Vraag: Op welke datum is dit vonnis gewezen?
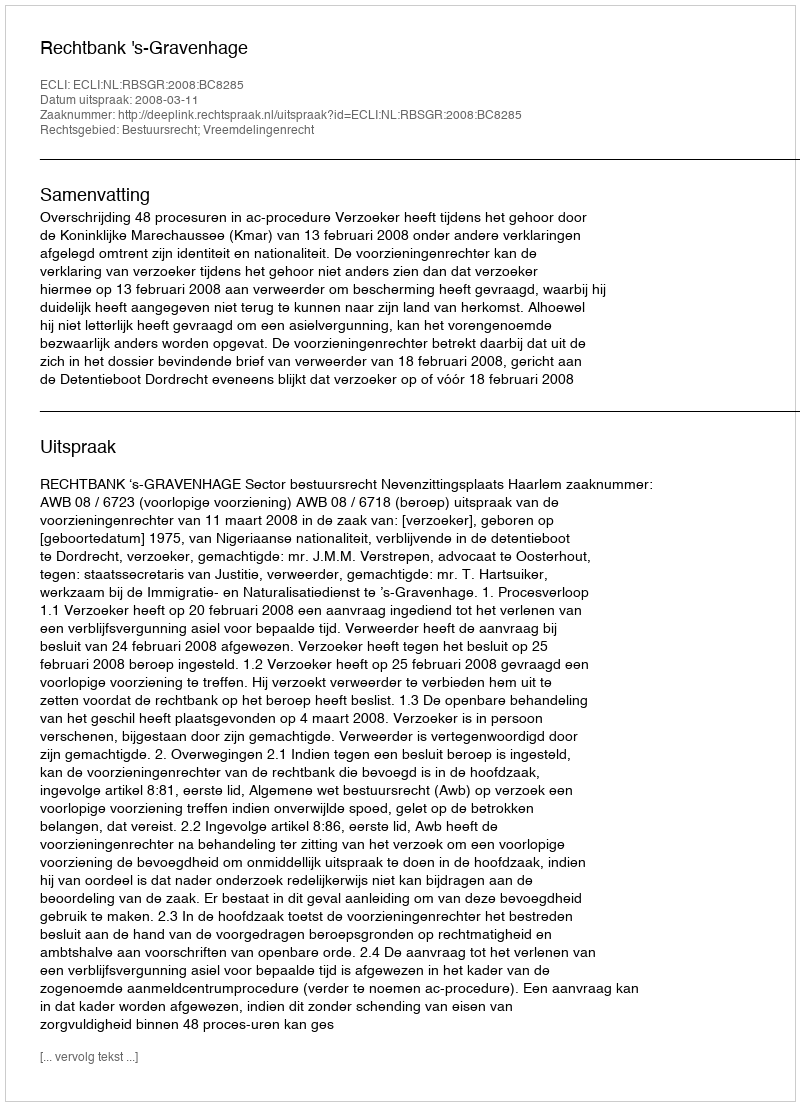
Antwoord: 2008-03-11